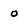
Character: 0